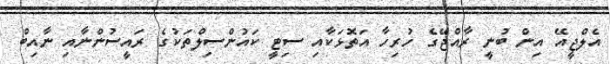
އެލްޖީއޭ އިން ބުނީ ރާއްޖޭގެ ހުރިހާ އަތޮޅަކާއި ސިޓީ ކައުންސިލްތަކުގެ ރައީސުންނާއި ނާއިބް